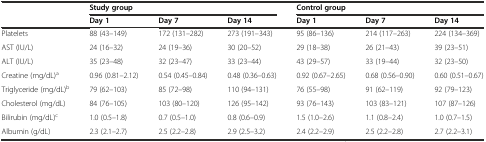
|  | <COLSPAN=3> Study group | <COLSPAN=3> Control group |
 |  | Day 1 | Day 7 | Day 14 | Day 1 | Day 7 | Day 14 |
 | --- | --- | --- | --- | --- | --- | --- |
 | Platelets | 88 (43–149) | 172 (131–282) | 273 (191–343) | 95 (86–136) | 214 (117–263) | 224 (134–369) |
 | AST (IU/L) | 24 (16–32) | 24 (19–36) | 30 (20–52) | 29 (18–38) | 26 (21–43) | 39 (23–51) |
 | ALT (IU/L) | 35 (23–48) | 32 (23–47) | 33 (23–44) | 43 (29–57) | 33 (19–44) | 32 (23–50) |
 | Creatine (mg/dL)a | 0.96 (0.81–2.12) | 0.54 (0.45–0.84) | 0.48 (0.36–0.63) | 0.92 (0.67–2.65) | 0.68 (0.56–0.90) | 0.60 (0.51–0.67) |
 | Triglyceride (mg/dL)b | 79 (62–103) | 85 (72–98) | 110 (94–131) | 76 (55–98) | 91 (62–119) | 92 (79–123) |
 | Cholesterol (mg/dL) | 84 (76–105) | 103 (80–120) | 126 (95–142) | 93 (76–143) | 103 (83–121) | 107 (87–126) |
 | Bilirubin (mg/dL)c | 1.0 (0.5–1.8) | 0.7 (0.5–1.0) | 0.8 (0.6–0.9) | 1.5 (1.0–2.6) | 1.1 (0.8–2.4) | 1.0 (0.7–1.5) |
 | Albumin (g/dL) | 2.3 (2.1–2.7) | 2.5 (2.2–2.8) | 2.9 (2.5–3.2) | 2.4 (2.2–2.9) | 2.5 (2.2–2.8) | 2.7 (2.2–3.1) |